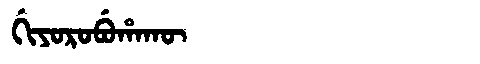
Manchu: ᡤᡳᠶᠣᡵᠣᠪᡠᡥᠠᡴᡡ
Romanization: GIYOROBUHAKŪ